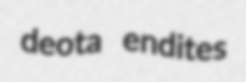
deota endites